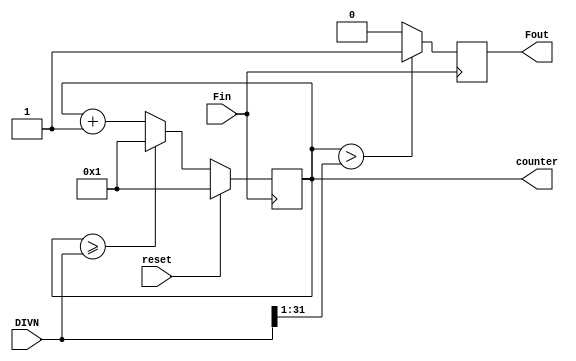
module Fdiv_Sound(reset,Fin,Fout,counter,DIVN); //sound
input Fin,reset;
input [31:0]DIVN;
output Fout;
output [31:0]counter;
wire [31:0]_DIVN;
reg [31:0]counter;
reg Fout;
wire _Fout;
assign _DIVN={1'b0,DIVN[31:1]};
always @(posedge Fin)
begin
if (reset ==1'b1)	counter<=32'd1;
else if (counter >= DIVN)	counter=32'd1;
else counter<=counter+1;
end
assign _Fout=(counter>_DIVN)?1'b1:1'b0;
always @(negedge Fin)
	Fout<=_Fout;
endmodule